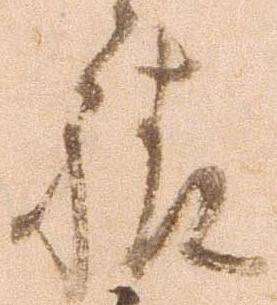
様